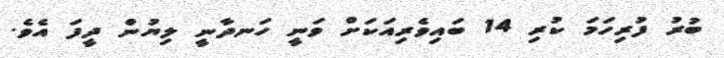
ބުރު ފުރިހަމަ ކުރި 14 ބައިވެރިއަކަށް ވަނީ ހަނދާނީ ލިޔުން ދީފަ އެވެ.